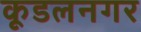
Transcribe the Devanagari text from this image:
कूडलनगर